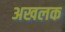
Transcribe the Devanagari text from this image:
अखलक